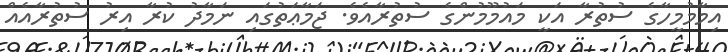
އިމާމުމީހާގެ ސުތުރާ އަކީ މައުމޫމުންގެ ސުތުރާއެވެ. ޖަމާޢަތުގައި ނަމާދު ކުރާ އިރު ސުތުރާއެއް